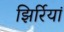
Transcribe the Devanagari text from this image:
झिर्रियां